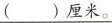
( )厘米。